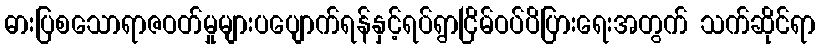
ဓားပြစသောရာဇဝတ်မှုများပပျောက်ရန်နှင့်ရပ်ရွာငြိမ်ဝပ်ပိပြားရေးအတွက် သက်ဆိုင်ရာ